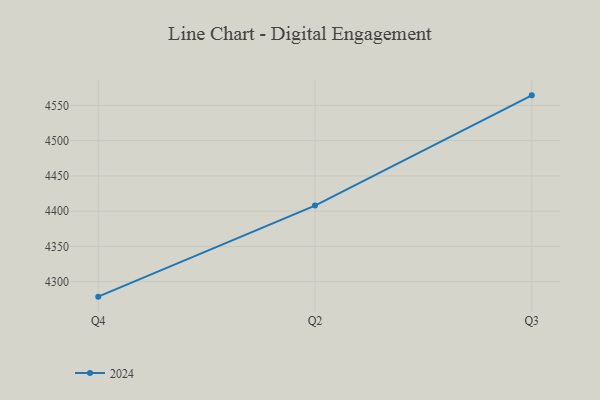
{"axis": {"x": "Quarter", "y": "Waste Production (Tons)"}, "legend": ["2024"], "data": [{"x": "Q4", "y": 4278.8, "type": "2024"}, {"x": "Q2", "y": 4408.0, "type": "2024"}, {"x": "Q3", "y": 4564.3, "type": "2024"}]}